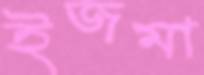
ইজমা